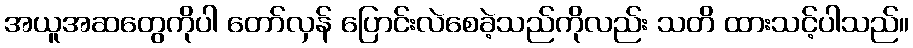
အယူအဆတွေကိုပါ တော်လှန် ပြောင်းလဲစေခဲ့သည်ကိုလည်း သတိ ထားသင့်ပါသည်။